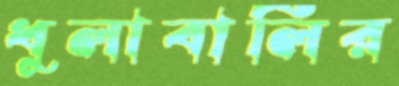
ধুলাবালির